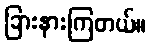
ခြားနားကြတယ်။